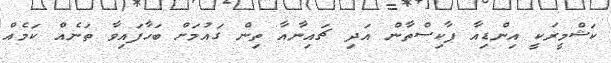
ކަޝްމީރަކީ އިންޑިއާ ޕާކިސްތާން އަދި ޗައިނާއާ ތިން ގައުމަށް ބަހާފައިވާ ތަނެއް ކަމެއް